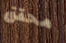
محقق